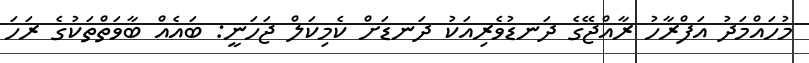
މުހައްމަދު އަފްރާހު ރާއްޖޭގެ ދަނޑުވެރިއަކު ދަނޑަށް ކެމިކަލް ޖަހަނީ: ބައެއް ބާވަތްތަކުގެ ރަހަ